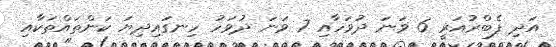
އަދި ފެބްރުއަރީ 6 ވަނަ ދުވަހާއި 7 ވަނަ ދުވަހު ހިނގައިދިޔަ ކަންތައްތަކާއި